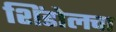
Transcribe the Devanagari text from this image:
शिंडोलचा